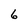
Character: 6